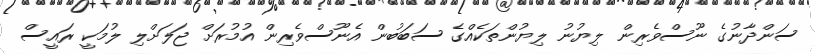
ސަންދާނުގެ ނޫސްވެރިން ލިޔުނު ލިޔުންތަކެއްގެ ސަބަބުން އެނޫސްވެރިން އުމުރަށް ޖަލަށްލި ލުމަކީ ރައީސް